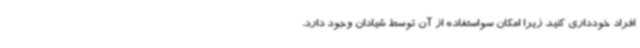
افراد خودداری کنید زیرا امکان سواستفاده از آن توسط شیادان وجود دارد.